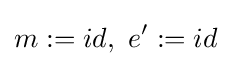
m:=id,\ e':=id